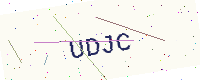
Text: UDJC